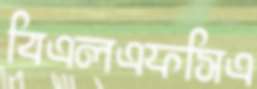
বিএলএফসিএ